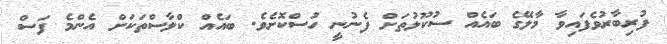
ފުރިބާރުވެފައިވާ މާލޭގެ ބައެއް ސުކޫލުތަށް ފެނުނީ ހުސްކޮށެވެ. ބައެއް ކްލާސްތަކަށް އެންމެ ފަސް